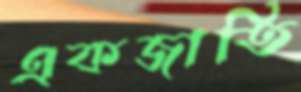
একজাতি